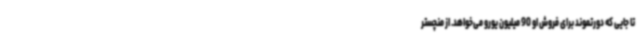
تا جایی که دورتموند برای فروش او 90 میلیون یورو می‌خواهد. از منچستر